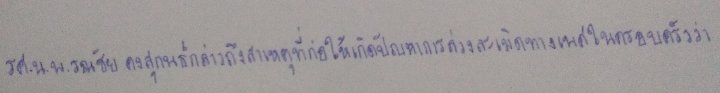
รศ.น.พ.รณชัย คงสุกนธ์กล่าวถึงสาเหตุที่ก่อให้เกิดปัญหาการล่วงละเมิดทางเพศในครอบครัวว่า